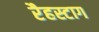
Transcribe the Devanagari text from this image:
रैहस्टाग